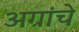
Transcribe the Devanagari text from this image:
अग्रांचे